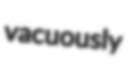
vacuously